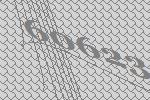
60623